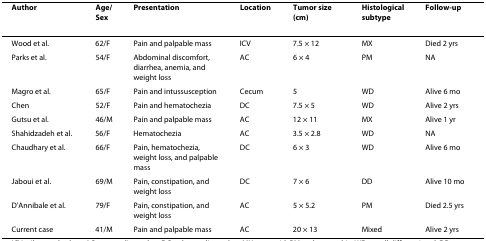
| Author | Age/Sex | Presentation | Location | Tumor size (cm) | Histological subtype | Follow-up |
 | --- | --- | --- | --- | --- | --- | --- |
 | Wood et al. | 62/F | Pain and palpable mass | ICV | 7.5 × 12 | MX | Died 2 yrs |
 | Parks et al. | 54/F | Abdominal discomfort, diarrhea, anemia, and weight loss | AC | 6 × 4 | PM | NA |
 | Magro et al. | 65/F | Pain and intussusception | Cecum | 5 | WD | Alive 6 mo |
 | Chen | 52/F | Pain and hematochezia | DC | 7.5 × 5 | WD | Alive 2 yrs |
 | Gutsu et al. | 46/M | Pain and palpable mass | AC | 12 × 11 | MX | Alive 1 yr |
 | Shahidzadeh et al. | 56/F | Hematochezia | AC | 3.5 × 2.8 | WD | NA |
 | Chaudhary et al. | 66/F | Pain, hematochezia, weight loss, and palpable mass | DC | 6 × 3 | WD | Alive 6 mo |
 | Jaboui et al. | 69/M | Pain, constipation, and weight loss | DC | 7 × 6 | DD | Alive 10 mo |
 | D'Annibale et al. | 79/F | Pain, constipation, and weight loss | AC | 5 × 5.2 | PM | Died 2.5 yrs |
 | Current case | 41/M | Pain and palpable mass | AC | 20 × 13 | Mixed | Alive 2 yrs |